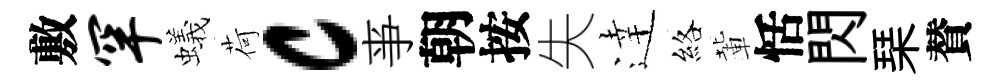
敷罕蟻荷c亊朝按失逹絡輩恬閃琹賛